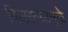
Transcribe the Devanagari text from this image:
विसरल्यामुळे